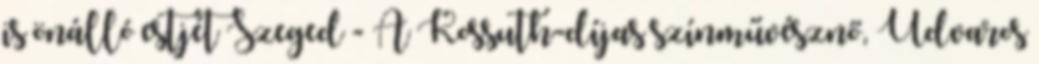
is önálló estjét Szeged - A Kossuth-díjas színművésznő, Udvaros